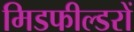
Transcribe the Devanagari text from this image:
मिडफील्डरों